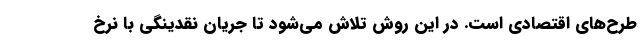
طرح‌های اقتصادی است. در این روش تلاش می‌شود تا جریان نقدینگی با نرخ